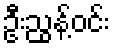
ဦးညွန့်ဝင်း